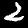
Label: 2